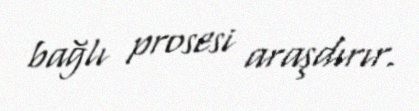
bağlı prosesi araşdırır.